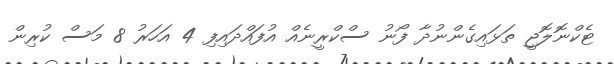
ޓެކްނޮލޮޖީ ތަޅައިގެންނުދާ ފޯނު ސްކްރީނެއް އުފައްދައިފި 4 އަހަރު 8 މަސް ކުރިން